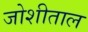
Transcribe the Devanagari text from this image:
जोशीताल